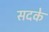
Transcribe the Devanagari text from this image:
सदके